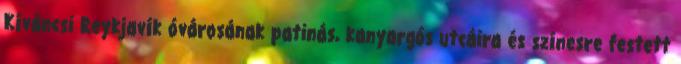
Kíváncsi Reykjavík óvárosának patinás, kanyargós utcáira és színesre festett